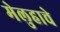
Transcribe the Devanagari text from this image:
मेलुहाचे